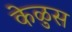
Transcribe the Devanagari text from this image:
केळुस